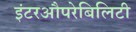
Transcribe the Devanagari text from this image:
इंटरऔपरेबिलिटी